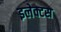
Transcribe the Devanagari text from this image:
इलेक्टस